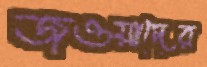
জওয়াদের